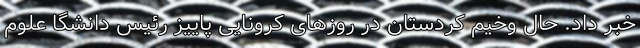
خبر داد. حال وخیم کردستان در روزهای کرونایی پاییز رئیس دانشگا علوم